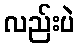
လည်းပဲ